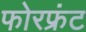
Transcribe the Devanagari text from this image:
फोरफ्रंट